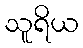
သူရိယ